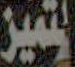
المتميز